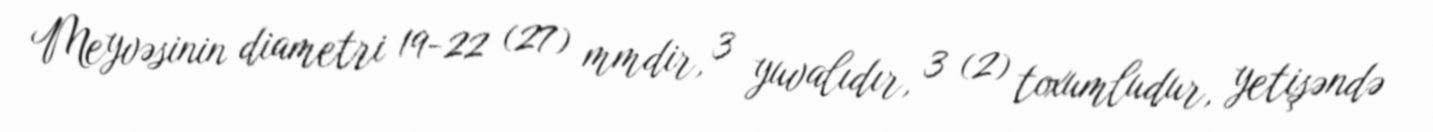
Meyvəsinin diametri 19-22 (27) mmdir, 3 yuvalıdır, 3 (2) toxumludur, yetişəndə